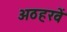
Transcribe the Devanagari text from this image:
अठहरवें